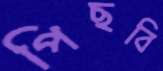
পিছবি